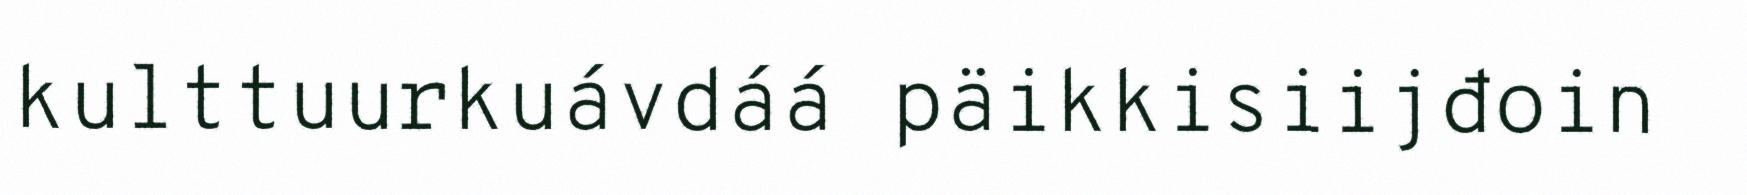
kulttuurkuávdáá päikkisiijđoin